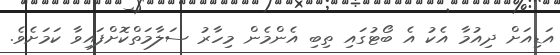
އަޑިއަށް ދިއުމާ އެކު އެ ބޯޓުގައި ތިބި އެންމެން މިހާރު ސަލާމަތްކޮށްފައިވާ ކަމަށެވެ.